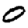
Digit: 0